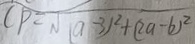
C P = \sqrt { ( a - 3 ) ^ { 2 } + ( 2 a - b ) ^ { 2 } }